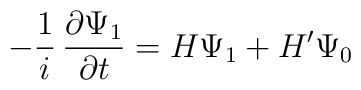
-{1\over i} \, {\partial \Psi_1 \over \partial t} = H \Psi_1 + H' \Psi_0